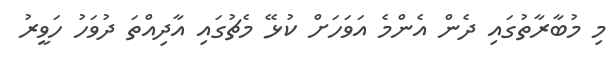
މި މުބާރާތުގައި ދެން އެންމެ އަވަހަށް ކުޅޭ މެޗުގައި އާދިއްތަ ދުވަހު ހަވީރު